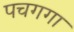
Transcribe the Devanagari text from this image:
पचगगा